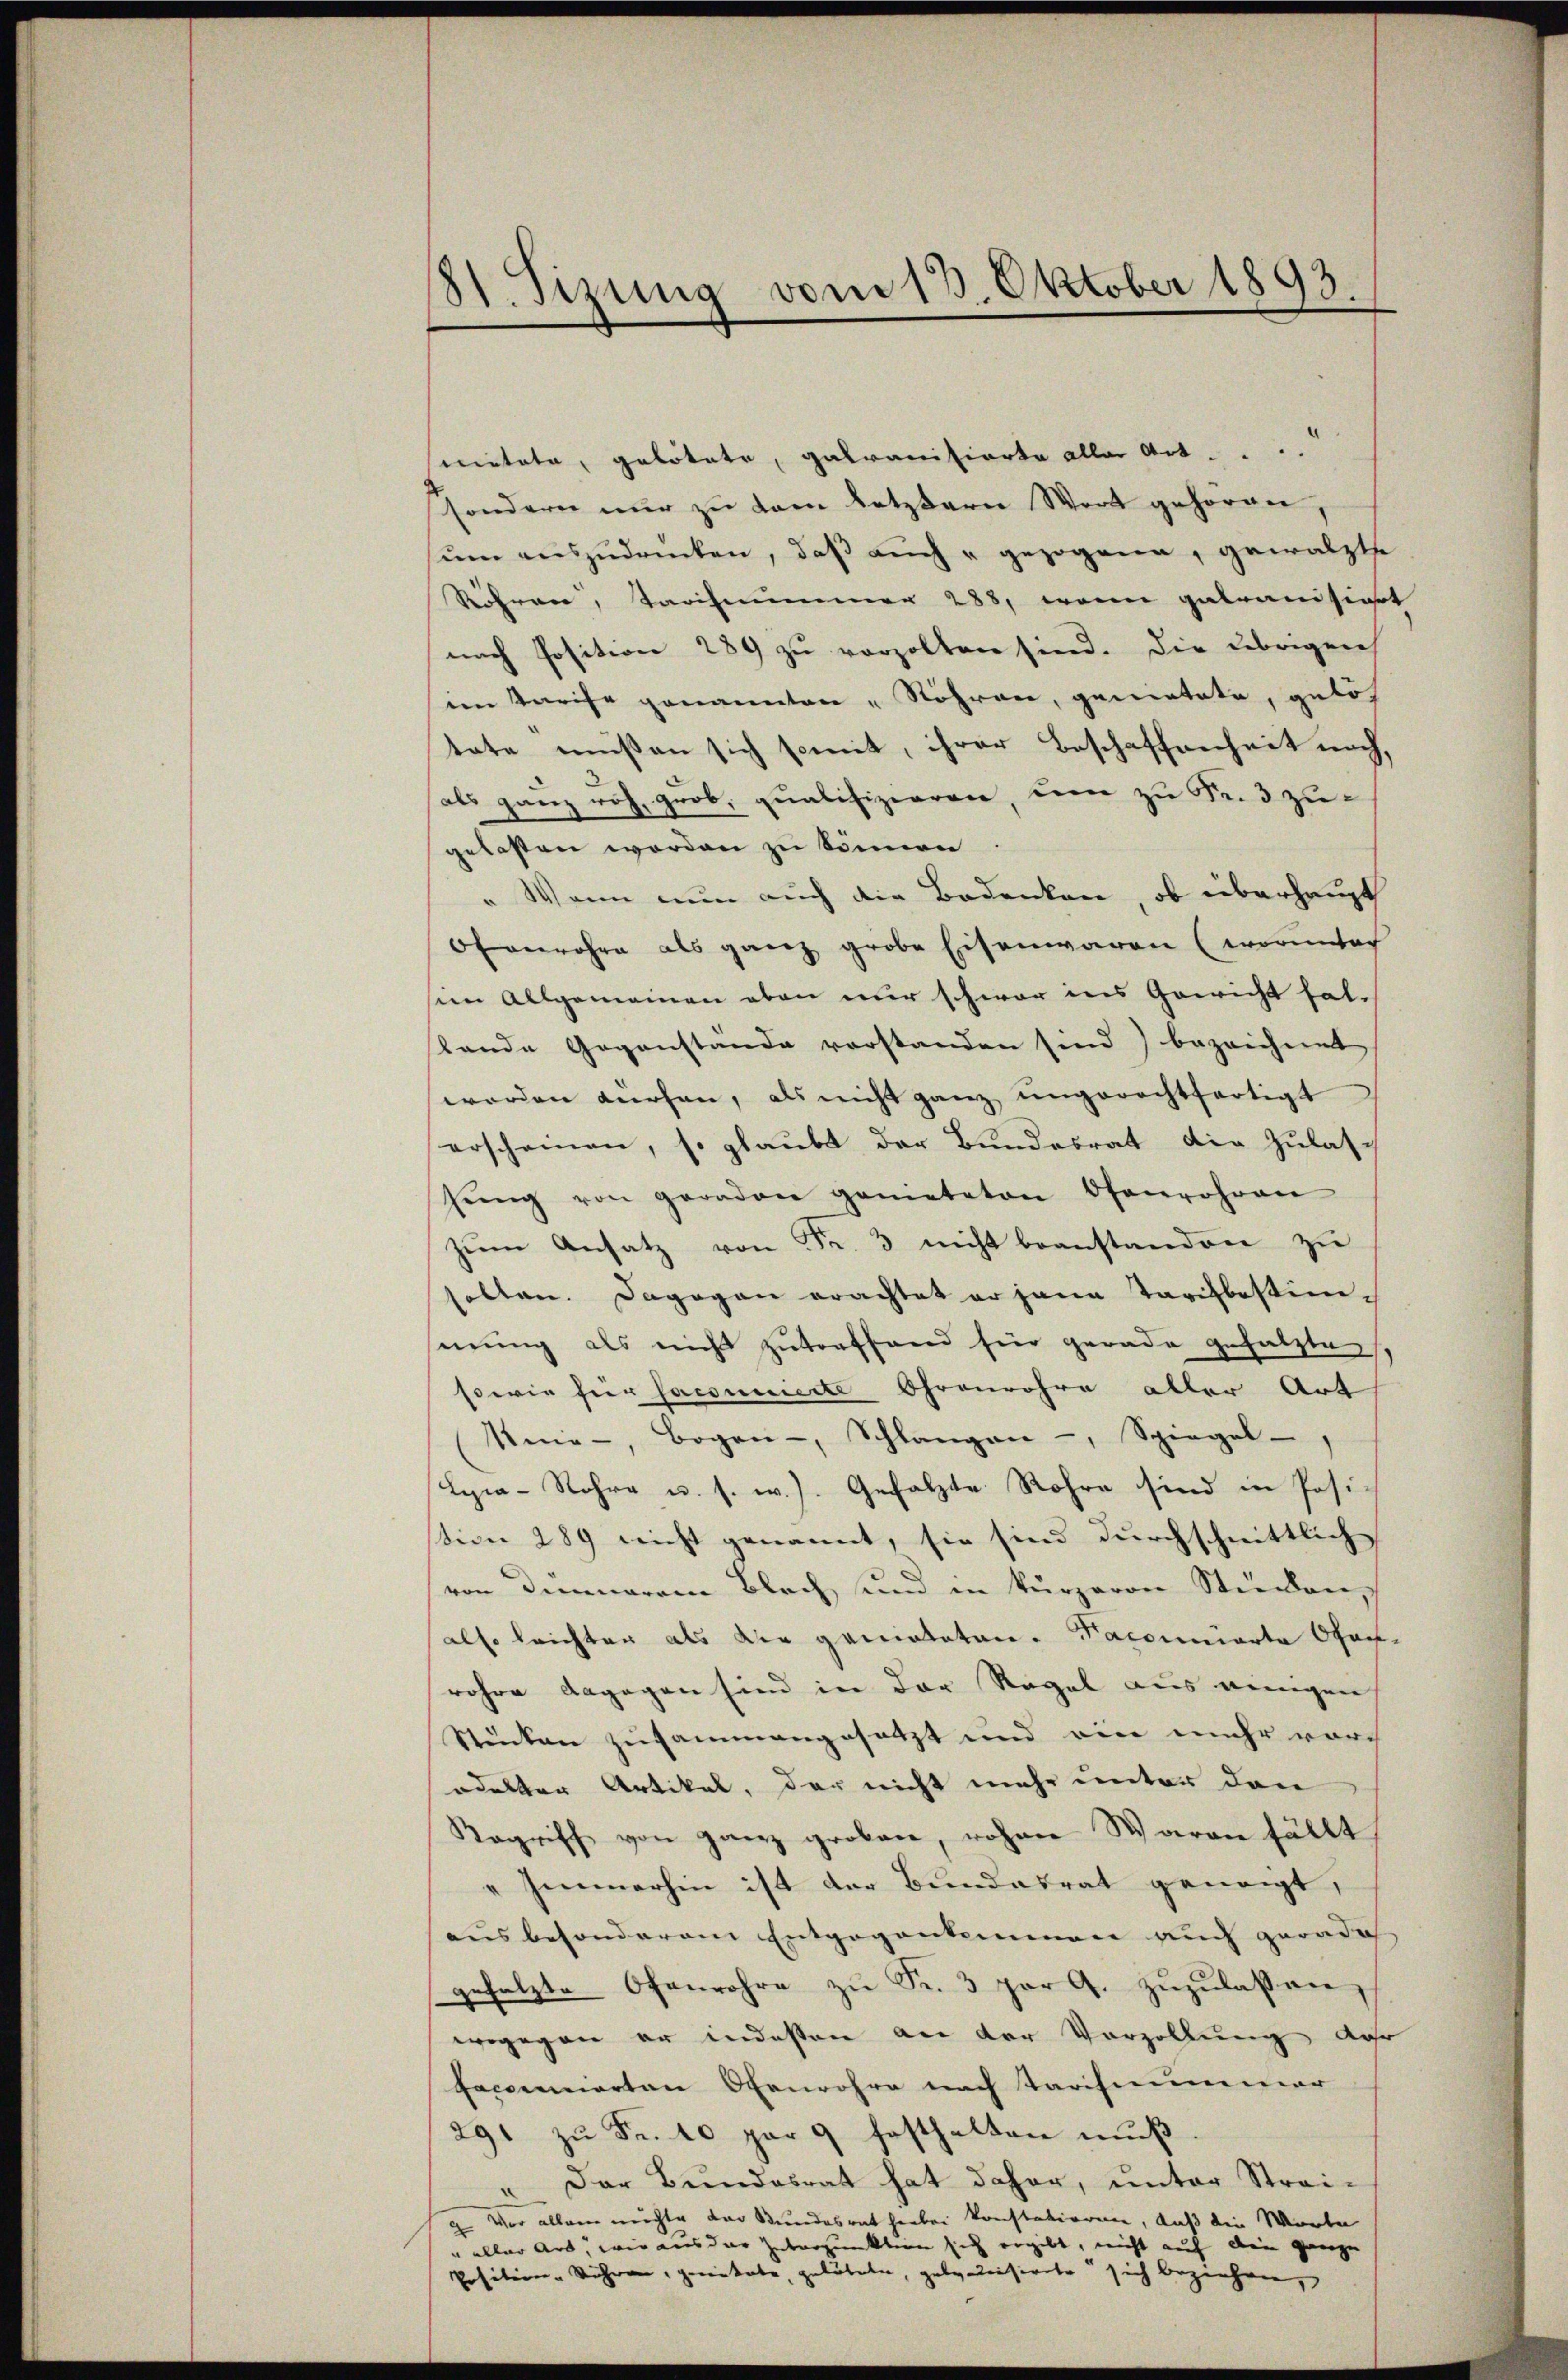
81. Sizung vom 13. Oktober 1893.

mitate, gelötete, galvanisierte aller Ant. ...
sondern nur zu dem letztern Wort gehören,
ŭm auszudrücken, daß auch u gezogene, gewälzte
Röhren, Tarifenumer 288, wenn getransiert
nach Position 289 zu vorholten sind. Die übrigen
im Tarife genannten „Röhren, gemietete, gelös
tate müßen sich somit, ihrer Beschaffenheit noch,
als ganz noch, grob, qualifizieren, um zu Fr. 3 zugelasten werden zu können
" Wenn nun auch die Bodenken, ob überhaupt
Ofenrohre als ganz grobe Eisenwaren (woruntac
sein Allgemeinen oben nur schwar ins Gericht falstande Gegenstände vorstanden sind) bezeichnet
worden dürfen, als nicht ganz ungerechtfertigt
erscheinen, so glaubt der Bundesrat die Zulas-
gŭng von geraden genieteten Ofenrohran
zum Ansatz von Fr. 3 nicht beanstanden zu
allen. Dagegen erachtet er jene Tarifbestimmung als nicht zutreffend für gerade gesalzte,
sowie für sacouierte Ohrenrohre aller Art
Unie-, Bogen-, Schlangen, Spiegel
Lyia-Rohre u. s. w.). Gesetzte Rohre sind in Pasistion 289 nicht genannt, sie sind durchschnittlich
von denneren Blach und in kürzeren Studen,
also leichter als die gemieteten. Facomnierte Ofor-
rohre dagegen sind in der Regel aus einigen
Stücken zusammengesetzt und ein mehr durch
odelter Artikel, der nicht mehr unter den
Ragriff von ganz groben, rohen Waren fällt,
"Immerhin ist der Bundesrat geneigt,
ausbesonderem Entgegenkommen auch gerade |
gefolgte Ofenrohre zŭ Fr. 3 par G. zŭzŭlassen,
wogegen er indesten an der Vorzellung der
faccencierten Ofenrohre nach Tarifnummer
291 zŭ Fr. 10 par 9 festhalten mŭβ
Der Bundesrat hat daher, unter Strei-
.
 Vor allem möchte der Bundesrat hiebei konstationen, daß die Worte
" aller Art, wie aus der Zutarpunktion sich ergibt, nicht auf dein ganze
Position - Währen, genitate, getötete, geleitisierte sich beziehen,